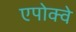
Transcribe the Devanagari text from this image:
एपोक्वे